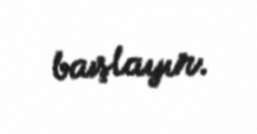
başlayır.